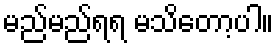
မည်မည်ရရ မသိတော့ပါ။